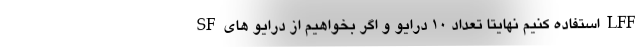
SFاستفاده کنیم نهایتا تعداد ۱۰ درایو و اگر بخواهیم از درایو هایLFF